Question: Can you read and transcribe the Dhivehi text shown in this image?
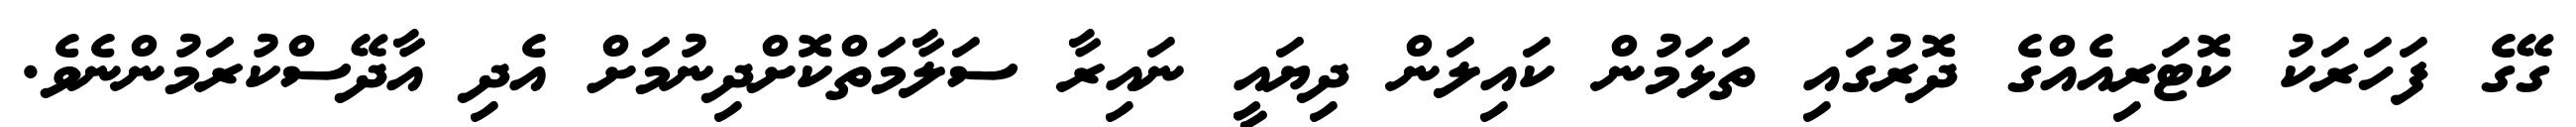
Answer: ގޭގެ ފަހަރަކު ކޮޓަރިއެއްގެ ދޮރުގައި ތަޅަމުން ކައިލަން ދިޔައީ ނައިރާ ސަލާމަތްކޮށްދިނުމަށް އެދި އާދޭސްކުރަމުންނެވެ.